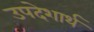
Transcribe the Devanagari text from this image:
उपदेशार्थ